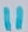
Text: 11